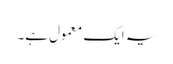
یہ ایک معمول ہے۔